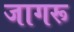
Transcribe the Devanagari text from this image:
जागरू